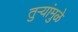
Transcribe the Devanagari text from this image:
तुऱ्यांमुळे